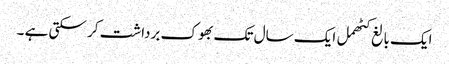
ایک بالغ کٹھمل ایک سال تک بھوک برداشت کر سکتی ہے ۔